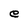
Character: e